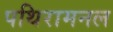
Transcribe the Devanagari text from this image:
पथिरामनल